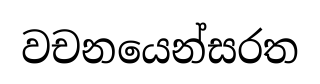
වචනයෙන්සරත